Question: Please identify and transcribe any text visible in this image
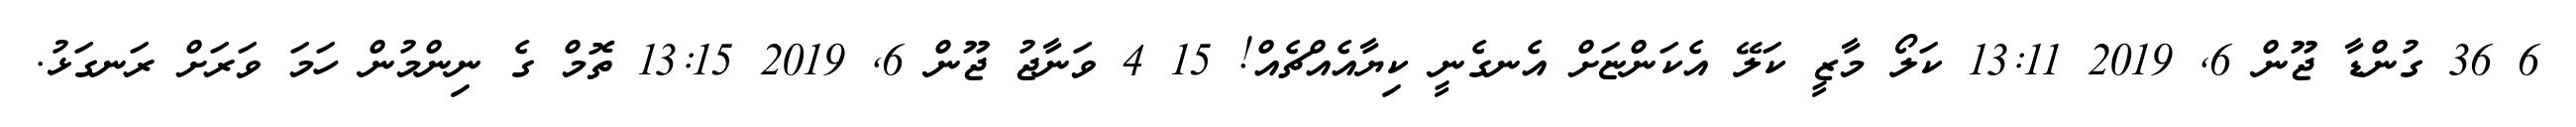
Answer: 6 36 ގުންޑާ ޖޫން 6, 2019 13:11 ކަލޯ މާޒީ ކަލޭ އެކަންޏަށް އެނގެނީ ކިޔާއެއްޗެއް! 15 4 ވަނާޖު ޖޫން 6, 2019 13:15 ތޮމް ގެ ނިންމުން ހަމަ ވަރަށް ރަނގަޅު.